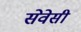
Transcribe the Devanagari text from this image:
सेवेसी